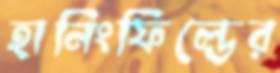
হানিংফিল্ডের